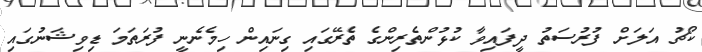
ކޯޗު އަލަށް ފުރުސަތު ދީފައިވާ ކުޅުންތެރިންގެ ތެރޭގައި ގިނައިން ހިމެނެނީ ފުރަތަމަ ޑިވިޝަނުގައި